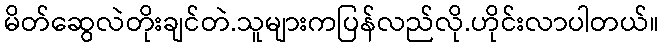
မိတ်ဆွေလဲတိုးချင်တဲ.သူများကပြန်လည်လို.ဟိုင်းလာပါတယ်။